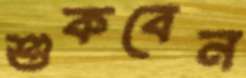
শুকবেন